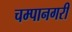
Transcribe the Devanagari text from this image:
चम्पानगरी